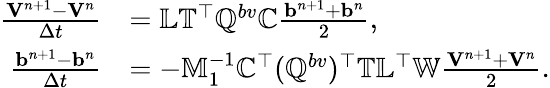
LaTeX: \begin{array}{rl}{\frac{{\mathbf V}^{n+1}-{\mathbf V}^{n}}{\Delta t}}&{=\mathbb{L}\mathbb{T}^{\top}\mathbb{Q}^{bv}\mathbb{C}\frac{{\mathbf b}^{n+1}+{\mathbf b}^{n}}{2},}\\ {\frac{{\mathbf b}^{n+1}-{\mathbf b}^{n}}{\Delta t}}&{=-\mathbb{M}_{1}^{-1}\mathbb{C}^{\top}(\mathbb{Q}^{bv})^{\top}\mathbb{T}\mathbb{L}^{\top}\mathbb{W}\frac{{\mathbf V}^{n+1}+{\mathbf V}^{n}}{2}.}\end{array}